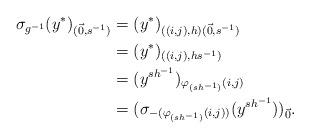
LaTeX: \begin{align*}\sigma_{g^{-1}}(y^*)_{(\vec{0},s^{-1})} & = (y^*)_{((i,j),h)(\vec{0},s^{-1})} \\ & = (y^*)_{((i,j),hs^{-1})} \\& = (y^{sh^{-1}})_{\varphi_{(sh^{-1})}(i,j)} \\& = (\sigma_{-(\varphi_{(sh^{-1})}(i,j))}(y^{sh^{-1}}))_{\vec{0}}.\end{align*}